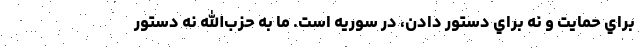
براي حمايت و نه براي دستور دادن، در سوريه است. ما به حزب‌الله نه دستور